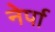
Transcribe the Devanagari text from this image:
नेर्पा